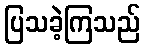
ပြသခဲ့ကြသည်